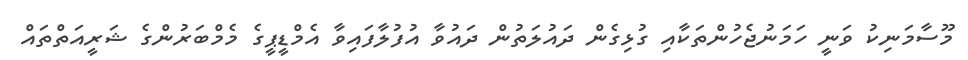
މޫސާމަނިކު ވަނީ ހަމަނުޖެހުންތަކާއި ގުޅިގެން ދައުލަތުން ދައުވާ އުފުލާފައިވާ އެމްޑީޕީގެ މެމްބަރުންގެ ޝަރީއަތްތައް